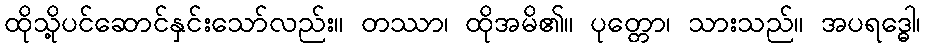
ထိုသို့ပင်ဆောင်နှင်းသော်လည်း။ တဿာ၊ ထိုအမိ၏။ ပုတ္တော၊ သားသည်။ အပရဒ္ဓေါ၊